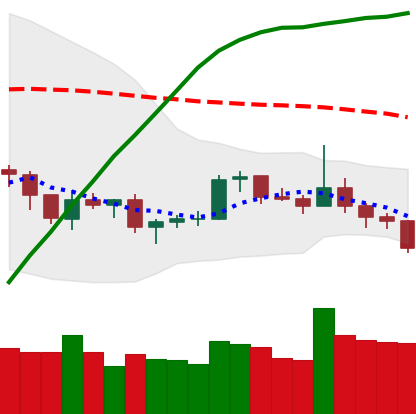
Ticker: LTC-USD
Chart end date: 2019-08-09
Forward return: -9.918%
Label: down_7plus